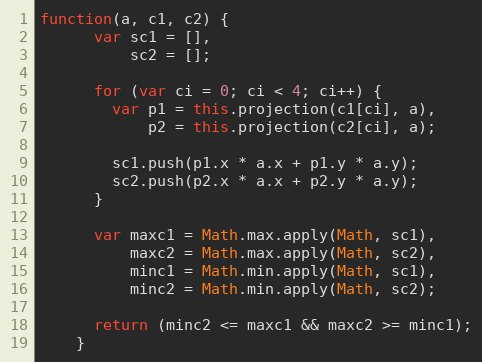
Language: JavaScript
function(a, c1, c2) {
      var sc1 = [],
          sc2 = [];

      for (var ci = 0; ci < 4; ci++) {
        var p1 = this.projection(c1[ci], a),
            p2 = this.projection(c2[ci], a);

        sc1.push(p1.x * a.x + p1.y * a.y);
        sc2.push(p2.x * a.x + p2.y * a.y);
      }

      var maxc1 = Math.max.apply(Math, sc1),
          maxc2 = Math.max.apply(Math, sc2),
          minc1 = Math.min.apply(Math, sc1),
          minc2 = Math.min.apply(Math, sc2);

      return (minc2 <= maxc1 && maxc2 >= minc1);
    }